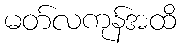
မတ်လကုန်အထိ